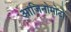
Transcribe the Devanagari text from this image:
आजिनोमोटो